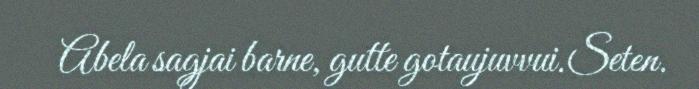
Abela sagjai barne, gutte gotaujuvvui.Seten.